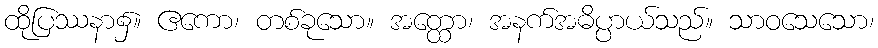
ထိုပြဿနာ၌။ ဧကော၊ တစ်ခုသော။ အတ္ထော၊ အနက်အဓိပ္ပာယ်သည်။ သာဝသေသော၊